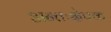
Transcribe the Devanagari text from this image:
अन्तःक्षेपक